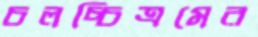
চলচ্চিত্রমের